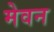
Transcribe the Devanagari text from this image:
मेवन